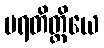
ပရတိတ္ထိယေ